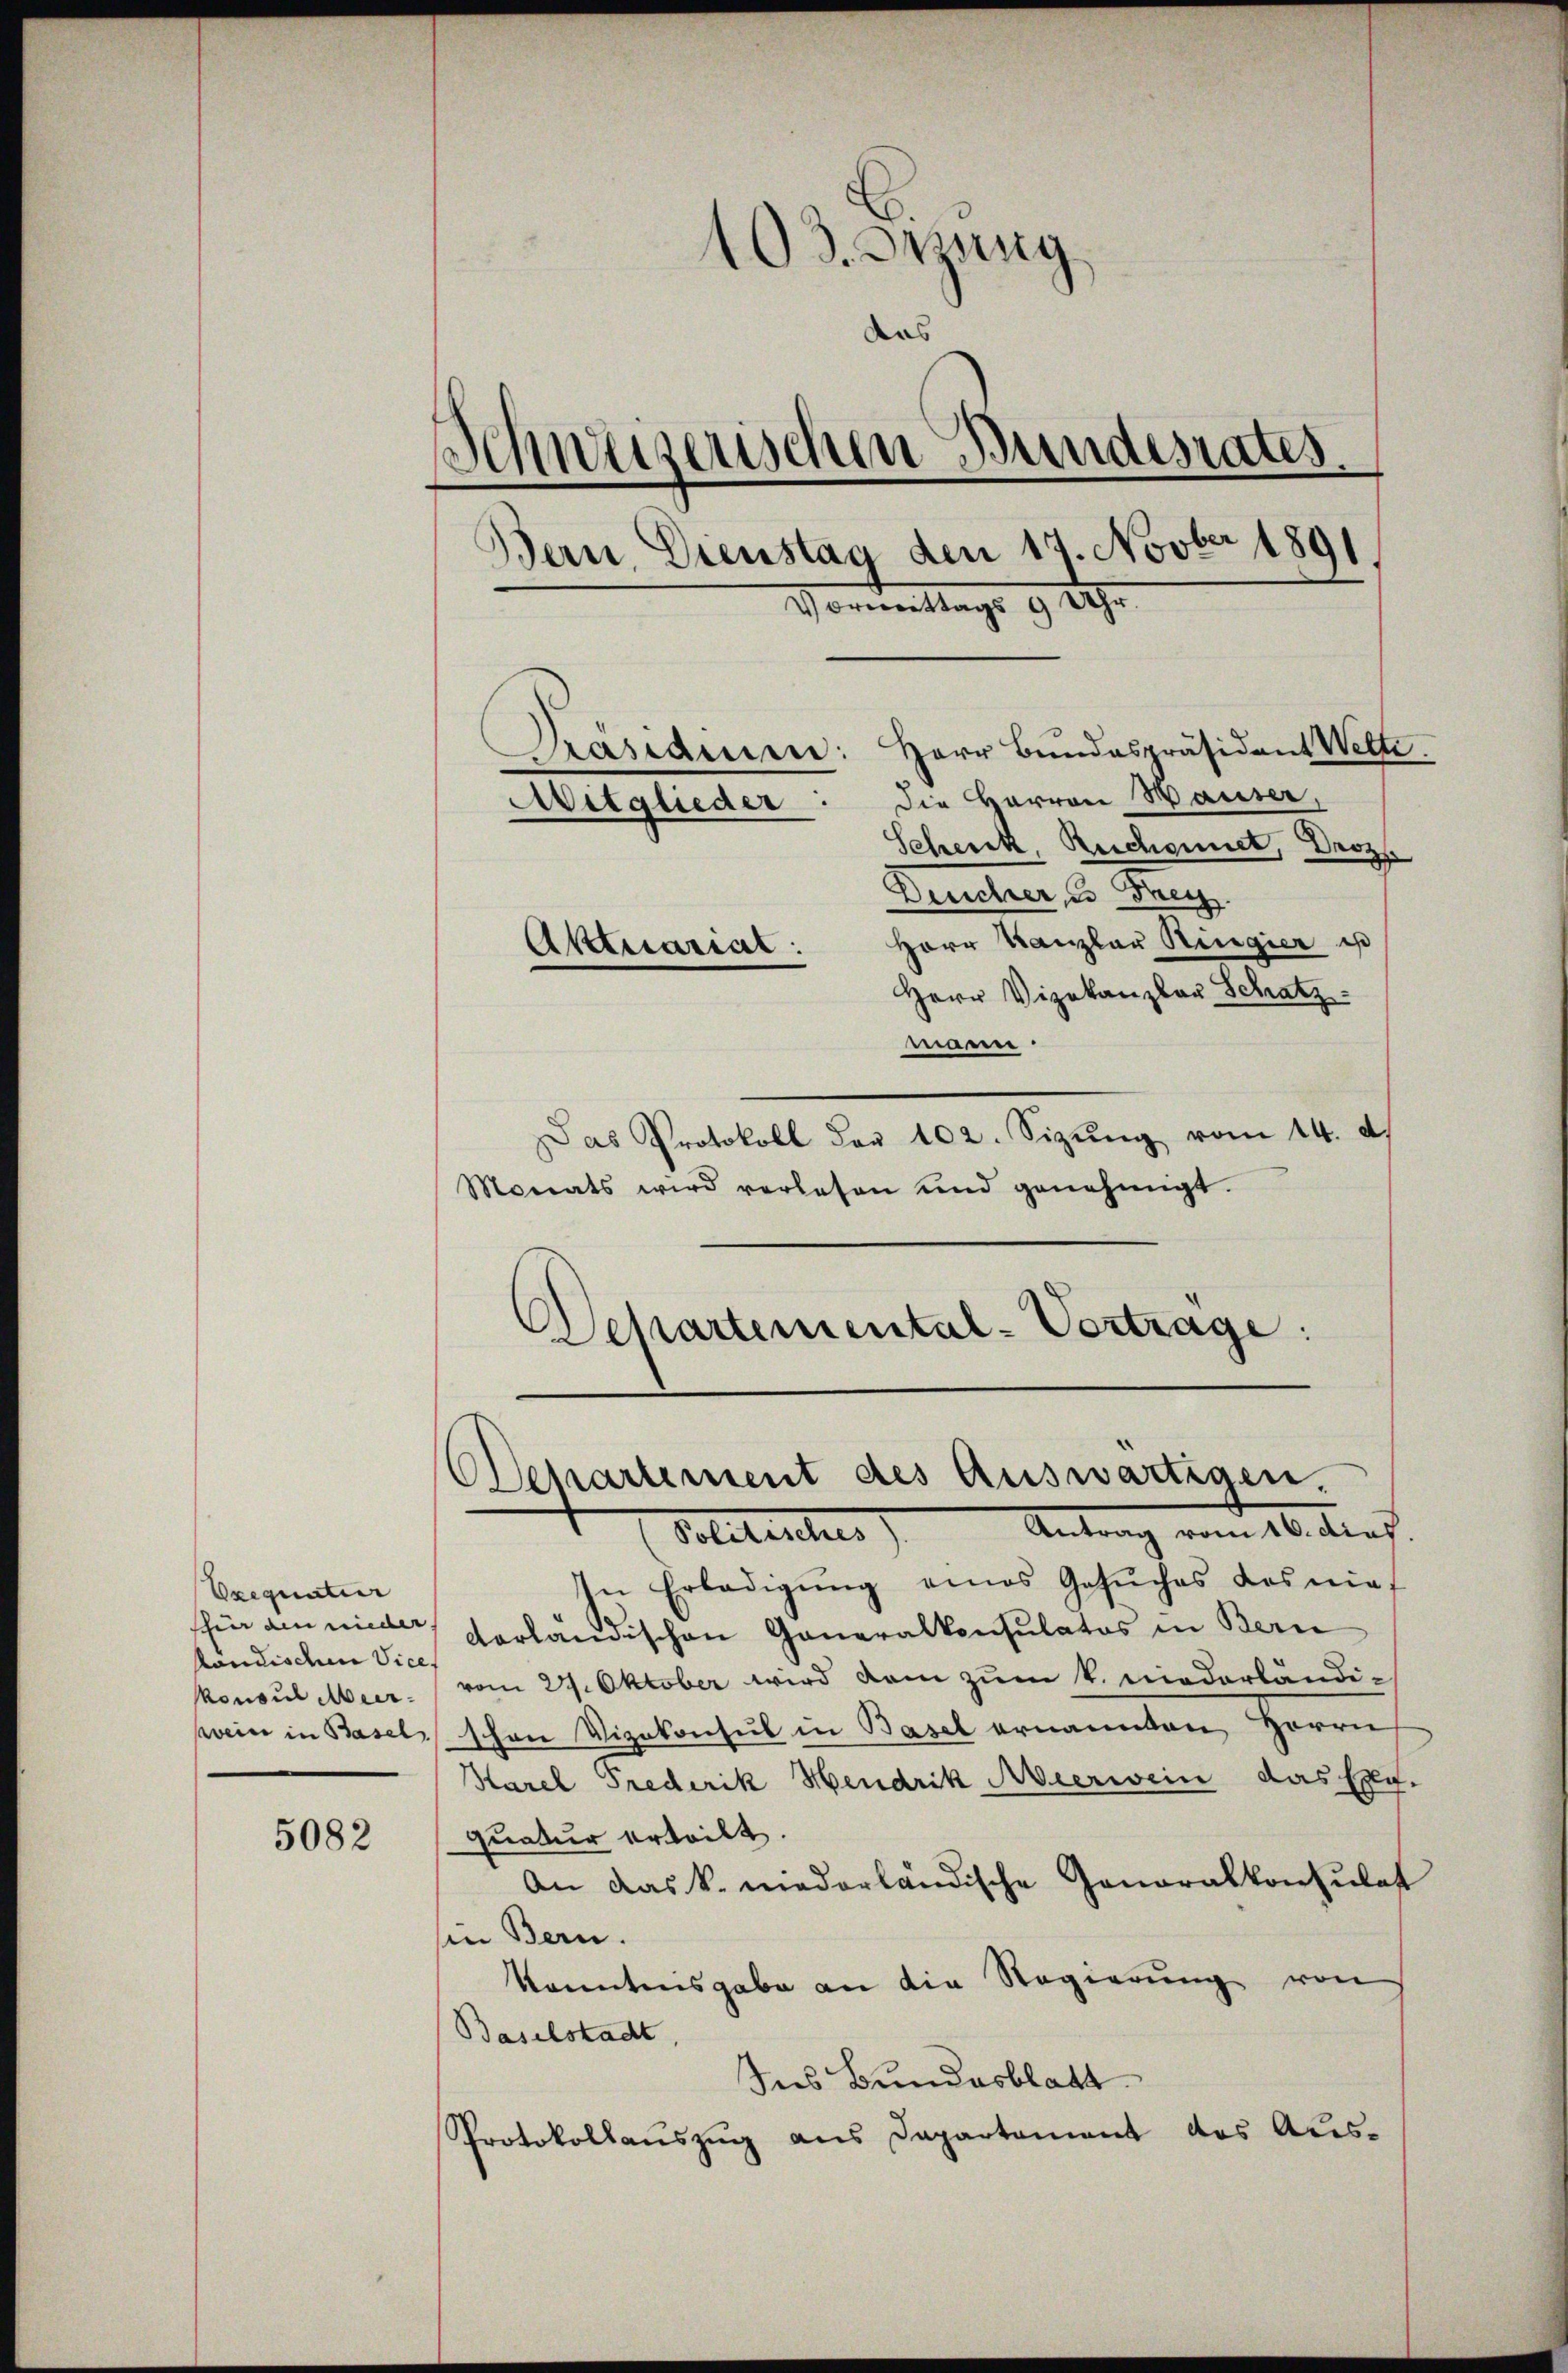
Exequatier
händischen Vice
onsul Mar¬

5082

¬
O3.Orzung
das
Schweizerischen Bundesrates.
Bern Dienstag den 17. Novber 1891
Vormittags 9 Uhr
Präsidenen: Herr Bundespräsident Welte
Mitglieder: die Herren Hauser,
Scheick, Reichnet, Droz
Deucher, u. Frey

Herr Kanzler Ringier is
Herr Vizekanzlar Schatz
mann.
Das Protokoll der 102. Sizŭng vom 14. d.
Monats wird verlesen und genehmigt.
Departemental-Vortrage:

Aktuarial:

Departement des Auswärtigen.
Antrag vom 16. Aug.
Volitischer

In Erledigung eines Gesuches das nieshier ain nie vorländischen Generalkonsulatos in Bern
vom 27. Oktober wird kam zum k. niederländiwein in Basel, schon Vizekonsul in Basel ernannten, Herrn
Karel Frederik Hendrik Aeerwein das Exp.
quatur erteilt.
An das k. niederländische Generalkonsulat
sin Bern.
Kenntnisgabe an die Regierung von
Baselstadt,
Ins Bundesblatt
Protokollauszug aus Departement des Aus-